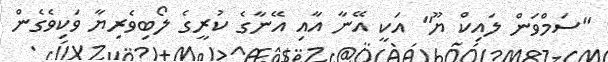
"ސަމްވަން ލައިކް ޔޫ" އަކީ އޭނާ އާއި އޭނާގެ ކުރީގެ ލޯބިވެރިޔާ ވަކިވެގެން